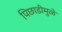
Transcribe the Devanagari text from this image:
पिछाडीमुळे